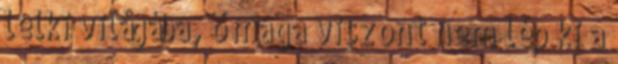
lelki világába, ő maga viszont nem lép ki a